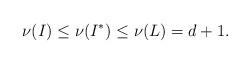
LaTeX: \begin{align*} \nu(I) \le \nu(I^*) \le \nu(L)=d+1.\end{align*}